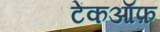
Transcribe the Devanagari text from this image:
टेंकऑफ़